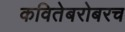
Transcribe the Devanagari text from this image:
कवितेबरोबरच